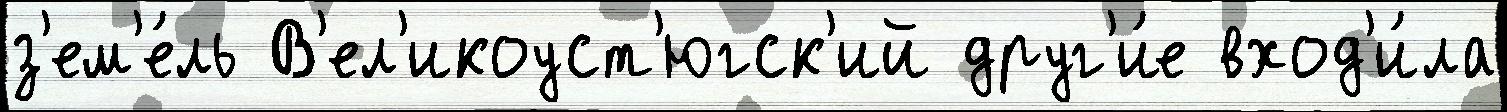
з'ем'е́ль В'ел'икоуст'югск'ий друг'и́е вход'и́ла